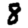
Digit: 8